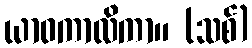
ယာဝကာလိကာ။ (သစ်)